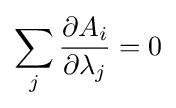
\sum _{j}{\frac {\partial A_{i}}{\partial \lambda _{j}}}=0